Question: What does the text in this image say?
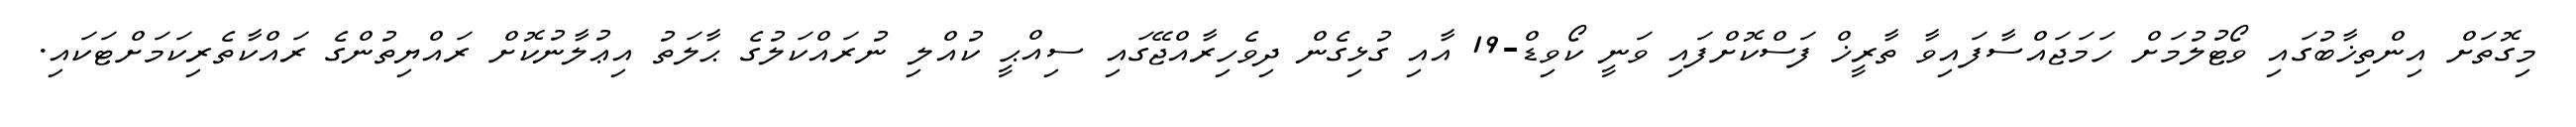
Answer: މިގޮތަށް އިންތިޚާބުގައި ވޯޓުލުމަށް ހަމަޖައްސާފައިވާ ތާރީޚް ފަސްކޮށްފައި ވަނީ ކޯވިޑް-19 އާއި ގުޅިގެން ދިވެހިރާއްޖޭގައި ސިއްޙީ ކުއްލި ނުރައްކަލުގެ ޙާލަތު އިޢުލާނުކޮށް ރައްޔިތުންގެ ރައްކާތެރިކަމަށްޓަކައި.